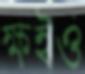
ক্ষইও